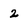
Character: 2